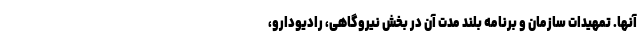
آنها. تمهیدات سازمان و برنامه بلند مدت آن در بخش نیروگاهی، رادیودارو،